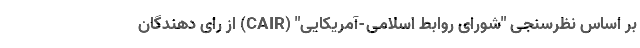
بر اساس نظرسنجی "شورای روابط اسلامی-آمریکایی" (CAIR) از رای دهندگان